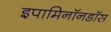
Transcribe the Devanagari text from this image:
इपामिनॉनडॉस